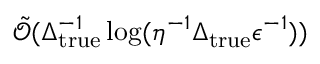
\tilde { \mathcal { O } } ( \Delta _ { \mathrm { t r u e } } ^ { - 1 } \log ( \eta ^ { - 1 } \Delta _ { \mathrm { t r u e } } \epsilon ^ { - 1 } ) )